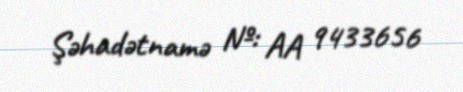
Şəhadətnamə №: AA 9433656